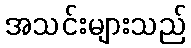
အသင်းများသည်